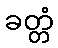
ခတ္တံ